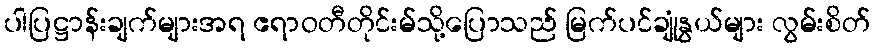
ပါပြဋ္ဌာန်းချက်များအရ ဧရာဝတီတိုင်းမ်သို့ပြောသည် မြက်ပင်ချုံနွယ်များ လွမ်းစိတ်